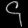
Digit: ၄